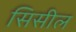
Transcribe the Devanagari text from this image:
सिसील